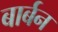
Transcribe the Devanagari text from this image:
बार्बन